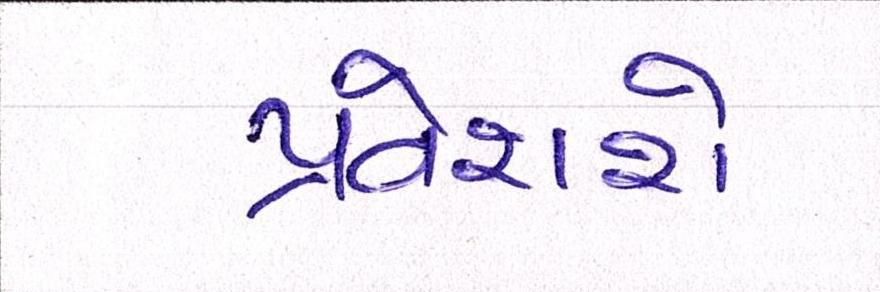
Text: પ્રવેશશે